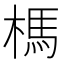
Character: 榪